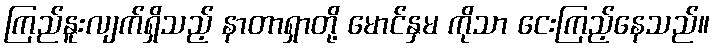
ကြည်နူးလျက်ရှိသည့် နာတာရှာတို့ မောင်နှမ ကိုသာ ငေးကြည့်နေသည်။